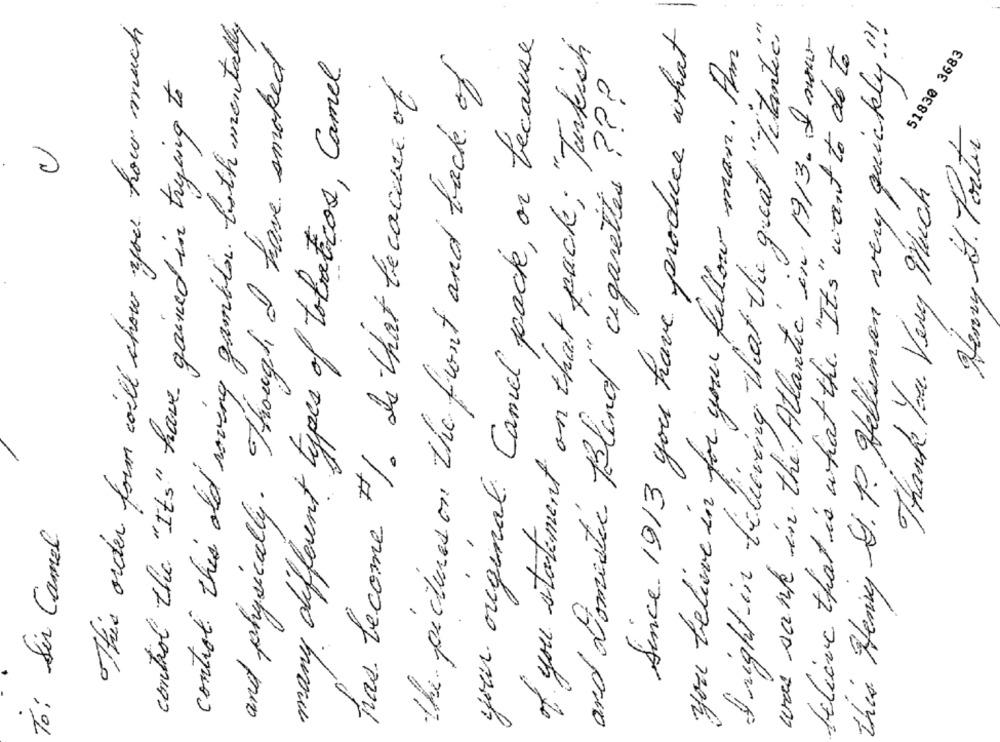
this Henry S. P. Hell'sman very quickly !!!
This order form will show you how much
control this old roving gambler. both mentally
d'right in believing that the great "Mitanti"
Since 1913 you have produce what
was sank in the Atlantic in 1913. I now
your orginal Camel pack, or because
of you statement on that pack; "Turkish
believe that is what the " It's " want to do to
and physically . Though I have smoked
you believe in for your fellow man. Am
many different types of tobaticos, Camel
the pictures on the front and back of
51830 3683
control the "Its" have gained in trying to
has become #/. Is that because of
and Domestic Bland" cigarettes ??
Henry At. Fortir
Thank You Very Much
To: Sir Camel